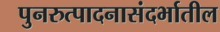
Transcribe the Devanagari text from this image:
पुनरुत्पादनासंदर्भातील